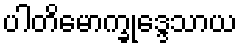
ပါတိမောက္ခုဒ္ဒေသာယ